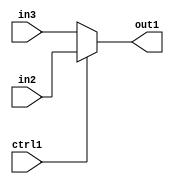
`timescale 1ps / 1ps
/*****************************************************************************
    Verilog RTL Description
    
    
    Created by: Stratus DpOpt 2019.1.01 
*******************************************************************************/

module fix2float_N_Mux_32_2_53_4 (
	in3,
	in2,
	ctrl1,
	out1
	); /* architecture "behavioural" */ 
input [31:0] in3,
	in2;
input  ctrl1;
output [31:0] out1;
wire [31:0] asc001;

reg [31:0] asc001_tmp_0;
assign asc001 = asc001_tmp_0;
always @ (ctrl1 or in2 or in3) begin
	case (ctrl1)
		1'B1 : asc001_tmp_0 = in2 ;
		default : asc001_tmp_0 = in3 ;
	endcase
end

assign out1 = asc001;
endmodule

/* CADENCE  uLn0Swo= : u9/ySgnWtBlWxVPRXgAZ4Og= ** DO NOT EDIT THIS LINE ******/